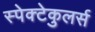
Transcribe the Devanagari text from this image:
स्पेक्टेकुलर्स